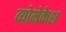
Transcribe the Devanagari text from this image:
व्योमेकेश